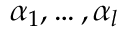
\alpha _ { 1 } , \dots , \alpha _ { l }